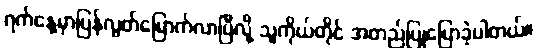
ရက်နေ့မှာပြန်လွတ်မြောက်လာပြီလို့ သူကိုယ်တိုင် အတည်ပြုပြောခဲ့ပါတယ်။